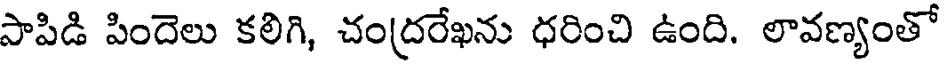
సాపిడి పిందెలు కలిగి, చంద్రరేఖను ధరించి ఉంది. లావణ్యంతో